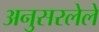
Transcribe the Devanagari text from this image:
अनुसरलेले